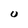
Character: U